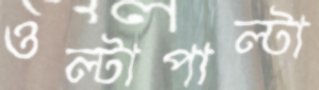
ওল্টাপাল্টা